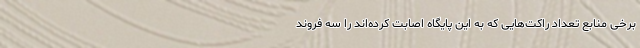
برخی منابع تعداد راکت‌هایی که به این پایگاه اصابت کرده‌اند را سه فروند